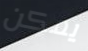
يمكن